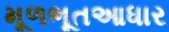
મૂળભૂતઆધાર